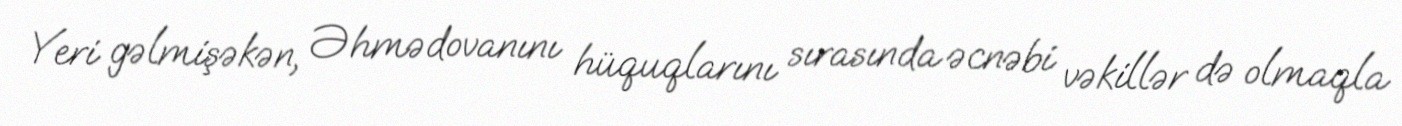
Yeri gəlmişəkən, Əhmədovanını hüquqlarını sırasında əcnəbi vəkillər də olmaqla